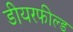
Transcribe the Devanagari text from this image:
डीयरफील्ड